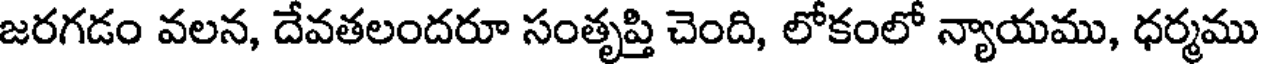
జరగడం వలన, దేవతలందరూ సంతృప్తి చెంది, లోకంలో న్యాయము, ధర్మము